Reports on dispensaries and lunatic asylums in the Province of Oudh - 1869-1876
Year: 1869
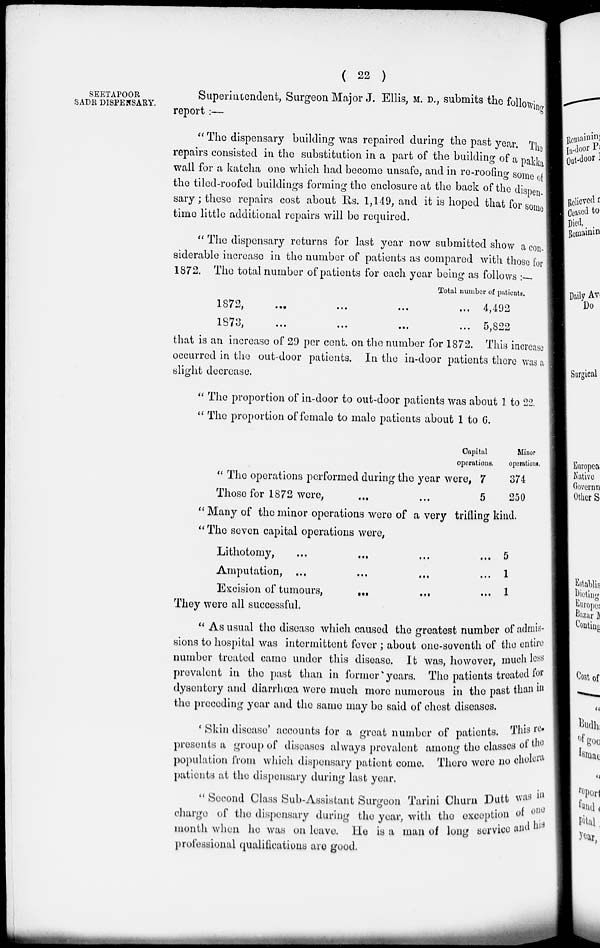
( 22 )
SEETAPOOR
SADR DISPENSARY.
Superintendent, Surgeon Major J. Ellis, M. D. , submits the following
report:—
" The dispensary building was repaired during the past year. The
repairs consisted in the substitution in a part of the building of a pakka
wall for a katcha one which had become unsafe, and in re-roofing some of
the tiled-roofed buildings forming the enclosure at the back of the dispen-
sary; these repairs cost about Rs. 1,149, and it is hoped that for some
time little additional repairs will be required.
" The dispensary returns for last year now submitted show a con-
siderable increase in the number of patients as compared with those for
1872. The total number of patients for each year being as follows :—
Total number of patients.
1872 ... ... ... ...
1873 ... ... ... ...
4,492
5,822
that is an increase of 29 per cent. on the number for 1872. This increase
occurred in the out-door patients. In the in-door patients there was a
slight decrease.
" The proportion of in-door to out-door patients was about 1 to 22.
" The proportion of female to male patients about 1 to 6.
" The operations performed during the year were,
Those for 1872 were, ... ...
Capital
operations.
7
5
Minor
oporations.
374
250
" Many of the minor operations were of a very trifling kind.
" The seven capital operations were,
Lithotomy, ... ... ... ...
Amputation, ... ... ... ...
Excision of tumours, ... ... ...
5
1
1
They were all successful.
" As usual the disease which caused the greatest number of admis-
sions to hospital was intermittent fever ; about one-seventh of the entire
number treated came under this disease. It was, however, much less
prevalent in the past than in former years. The patients treated for
dysentery and diarrhœa were much more numerous in the past than in
the preceding year and the same may be said of chest diseases.
' Skin disease' accounts for a great number of patients. This re-
presents a group of diseases always prevalent among the classes of the
population from which dispensary patient come. There were no cholera
patients at the dispensary during last year.
" Second Class Sub-Assistant Surgeon Tarini Churn Dutt was in
charge of the dispensary during the year, with the exception of one
month when he was on leave. He is a man of long service and his
professional qualifications are good.